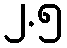
၂.၅